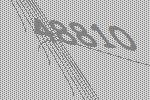
48810